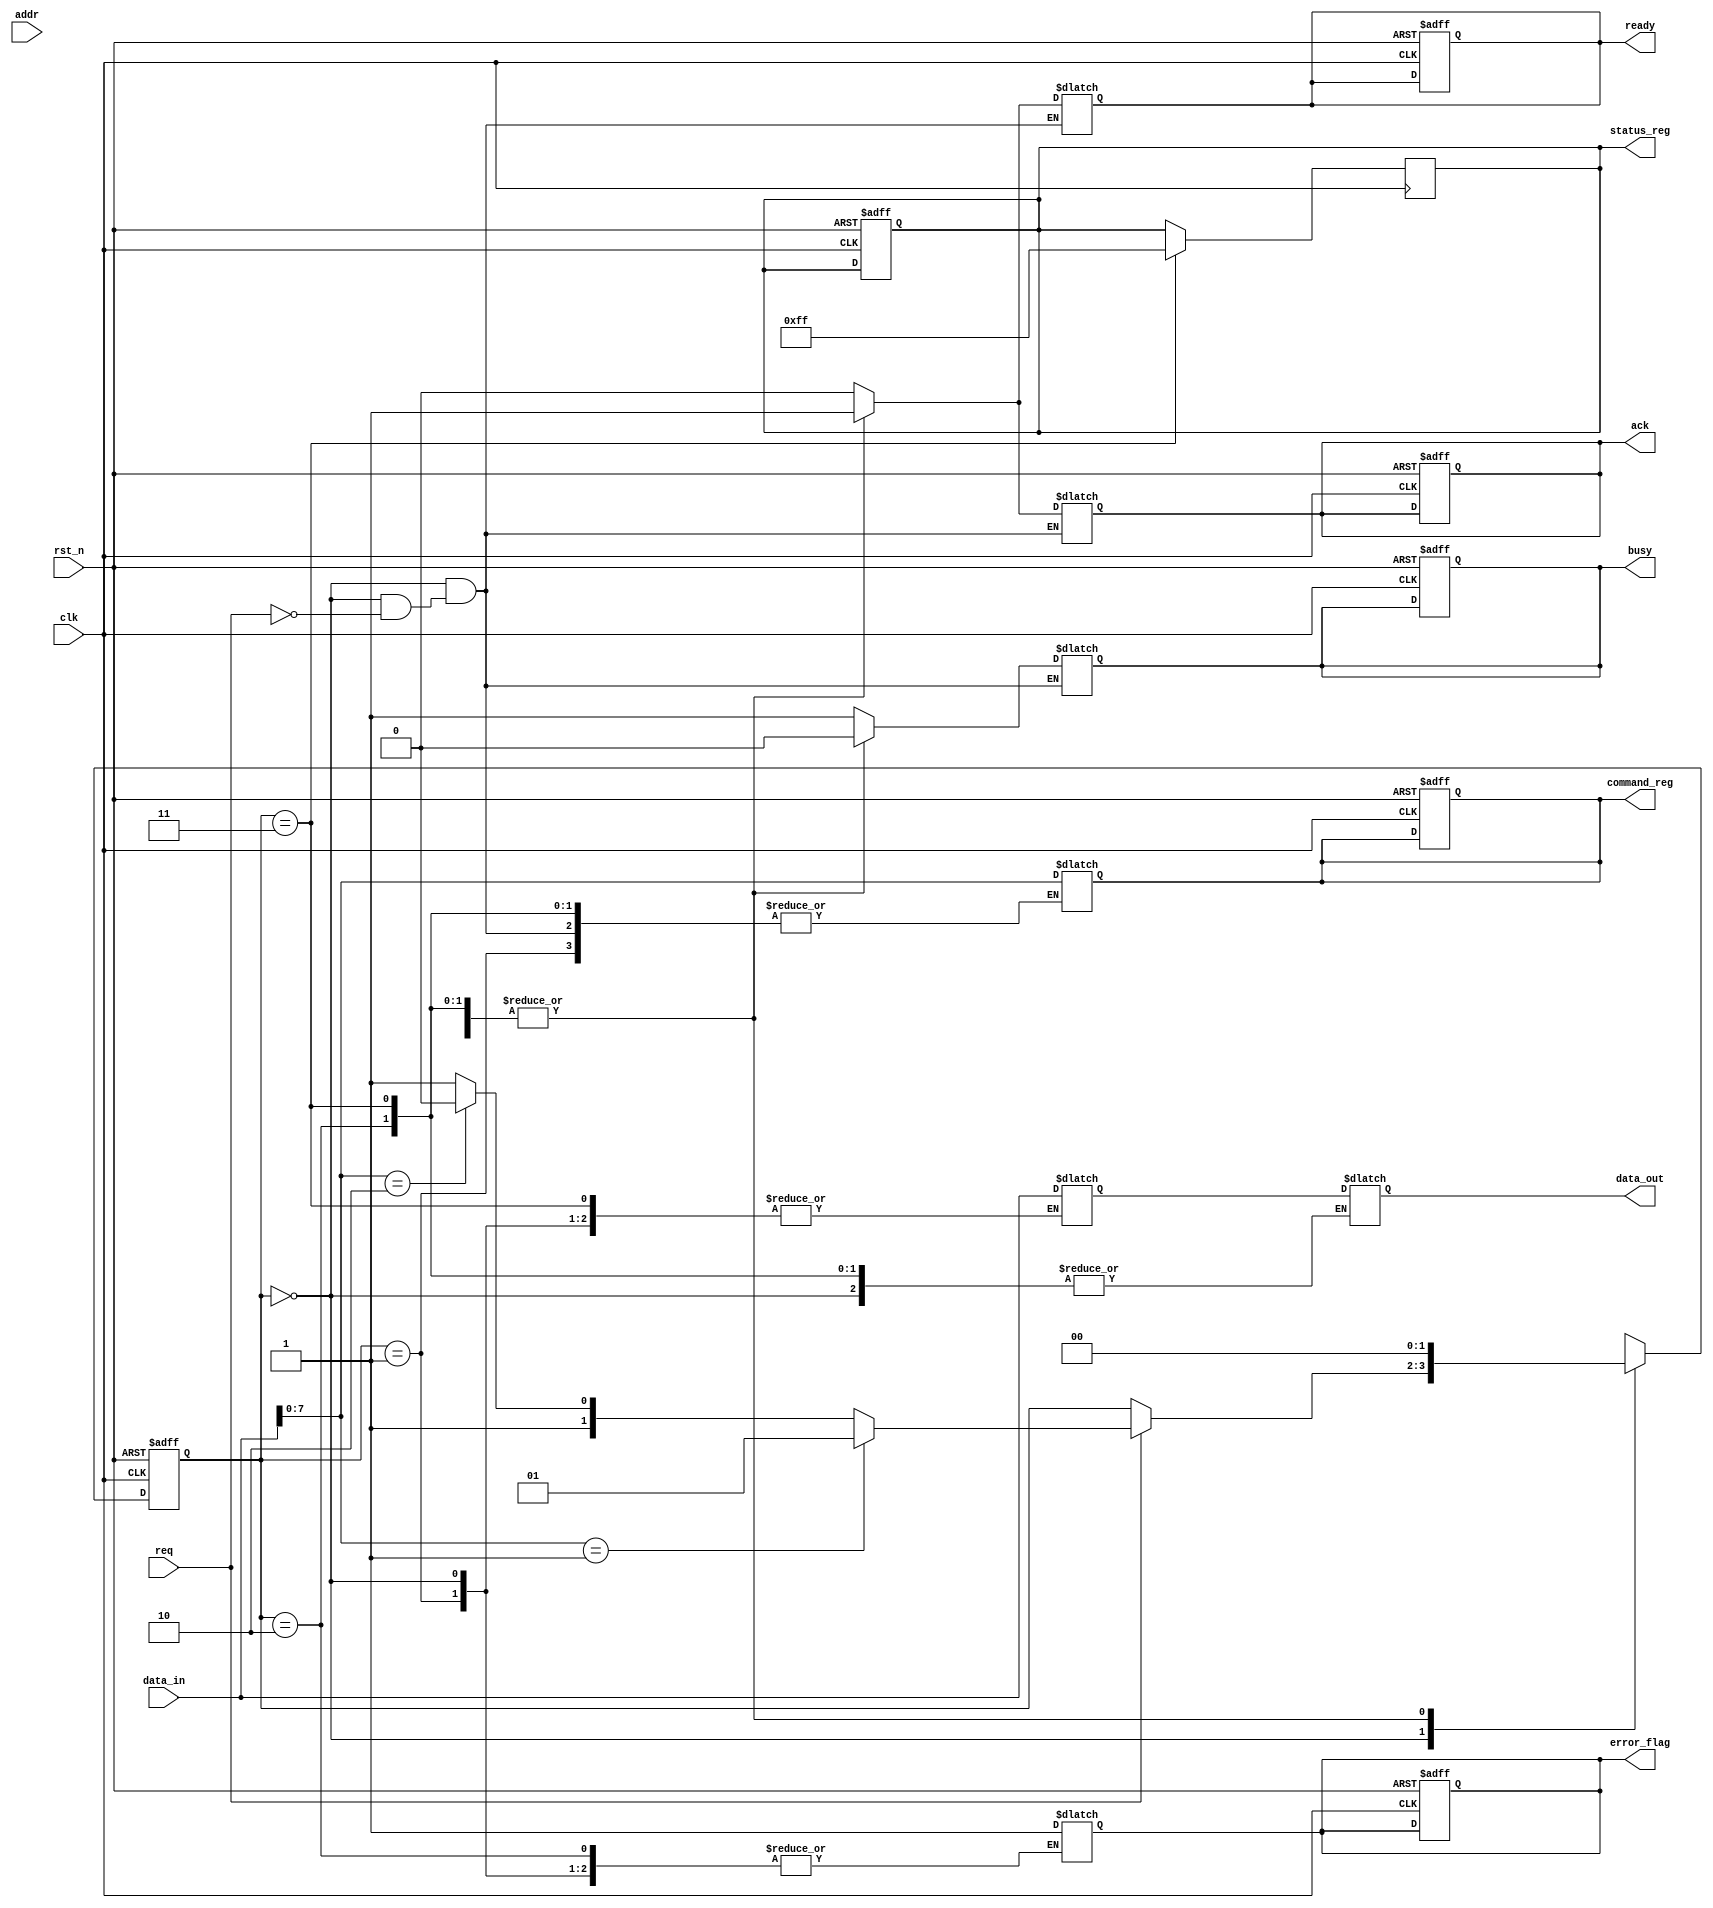
module SSD_IO_Block (
    input wire clk,               // Clock input
    input wire rst_n,             // Active low reset
    input wire [31:0] addr,       // Address bus (32-bit)
    input wire [31:0] data_in,    // Data input bus (32-bit)
    output reg [31:0] data_out,   // Data output bus (32-bit)
    input wire req,               // Request signal from host
    output reg ack,               // Acknowledge signal to host
    output reg busy,              // Busy signal
    output reg error_flag,        // Error status flag
    output reg ready,             // Ready status flag
    output reg [7:0] status_reg,  // Status register
    output reg [7:0] command_reg   // Command register
);

    // States
    localparam IDLE      = 2'b00;
    localparam READ      = 2'b01;
    localparam WRITE     = 2'b10;
    localparam ERROR     = 2'b11;
    
    reg [1:0] state, next_state;

    // Internal registers for data latches
    reg [31:0] data_latch;

    // Command definitions
    localparam CMD_READ   = 8'h01;
    localparam CMD_WRITE  = 8'h02;
    localparam CMD_ERASE  = 8'h03;

    // State machine for processing commands
    always @(posedge clk or negedge rst_n) begin
        if (!rst_n) begin
            state <= IDLE;
            busy <= 0;
            ack <= 0;
            ready <= 1;
            error_flag <= 0;
            status_reg <= 8'h00;
            command_reg <= 8'h00;
        end else begin
            state <= next_state;
        end
    end

    // Next state logic
    always @(*) begin
        next_state = state;
        case (state)
            IDLE: begin
                if (req) begin
                    busy = 1;
                    ack = 0; // Reset ack
                    command_reg = data_in[7:0]; // Assume command is in lower byte
                    ready = 0; // Not ready while processing
                    if (command_reg == CMD_READ) begin
                        next_state = READ;
                    end else if (command_reg == CMD_WRITE) begin
                        next_state = WRITE;
                    end else begin
                        next_state = ERROR; // Invalid command
                    end
                end
            end
            READ: begin
                // Simulating data read from NAND flash
                data_out = data_latch; // Output data
                ack = 1; // Acknowledge the read
                busy = 0; // Operation complete
                ready = 1; // Ready for next request
                next_state = IDLE; // Return to idle
            end
            WRITE: begin
                // Simulating data write to NAND flash
                data_latch = data_in; // Capture incoming data
                ack = 1; // Acknowledge the write
                busy = 0; // Operation complete
                ready = 1; // Ready for next request
                next_state = IDLE; // Return to idle
            end
            ERROR: begin
                error_flag = 1; // Set error flag
                ack = 1; // Acknowledge the error
                busy = 0; // Operation complete
                ready = 1; // Ready for next request
                next_state = IDLE; // Return to idle
            end
            default: next_state = IDLE; // Safety default
        endcase
    end

    // Error handling logic (example)
    always @(posedge clk) begin
        if (state == ERROR) begin
            status_reg <= 8'hFF; // Example error status
        end
    end
endmodule